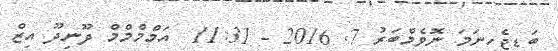
ބަޑިޖެހިނަމަ ނޮވެމްބަރު 7